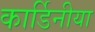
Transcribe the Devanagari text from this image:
कार्डिनीया